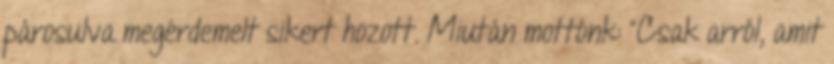
párosulva megérdemelt sikert hozott. Miután mottónk: "Csak arról, amit